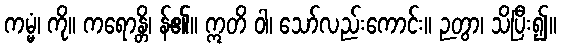
ကမ္မံ၊ ကို။ ကရောန္တိ၊ န်၏။ ဣတိ ဝါ၊ သော်လည်းကောင်း။ ဉတွာ၊ သိပြီး၍။